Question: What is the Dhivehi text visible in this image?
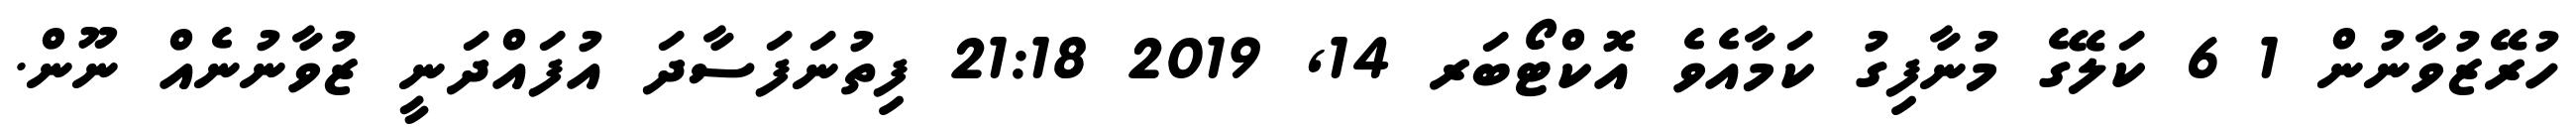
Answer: ހުރޭޒުވާނުން 1 6 ކަލޭގެ މުނާފިގު ކަމާއެވެ އޮކްޓޯބަރ 14, 2019 21:18 ފިތުނަފަސާދަ އުފައްދަނީ ޒުވާނުނެއް ނޫން.